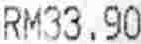
RM33.90